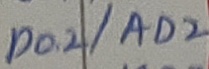
Text: P0.2/AD2